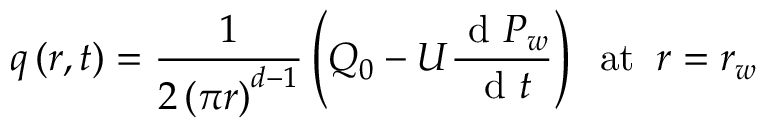
q \left( r , t \right) = \frac { 1 } { 2 \left( \pi r \right) ^ { d - 1 } } \left( Q _ { 0 } - U \frac { \mathrm { ~ d ~ } P _ { w } } { \mathrm { ~ d ~ } t } \right) \; \; \mathrm { a t } \; \; r = r _ { w }